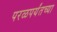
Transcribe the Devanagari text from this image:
परळपर्यंतच्या